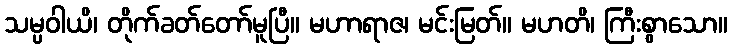
သမ္ပဝါယိ၊ တိုက်ခတ်တော်မူပြီ။ မဟာရာဇ၊ မင်းမြတ်။ မဟတိ၊ ကြီးစွာသော။